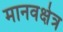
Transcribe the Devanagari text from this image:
मानवक्षेत्र